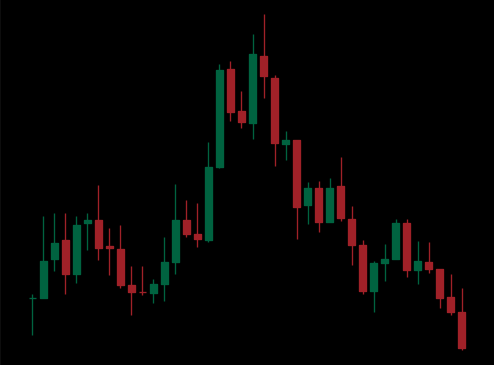
Pattern: head_shoulders